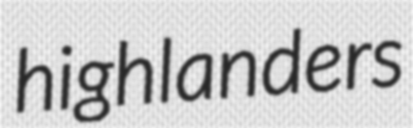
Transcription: highlanders